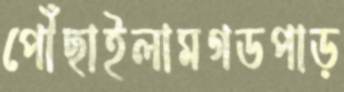
পৌঁছাইলামগডপাড়